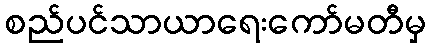
စည်ပင်သာယာရေးကော်မတီမှ